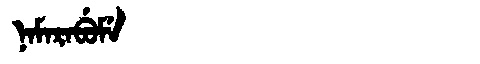
Manchu: ᠨᠠᠮᠠᡵᠠᠪᡠᠮᡝ
Romanization: NAMARABUME